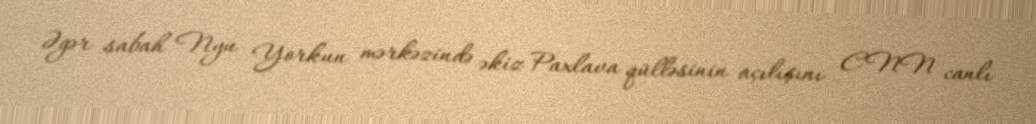
Əgər sabah Nyu Yorkun mərkəzində əkiz Paxlava qülləsinin açılışını CNN canlı